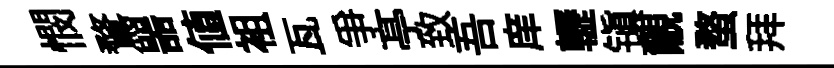
憫鶩噐值袓瓦爭𠅘致吾庠轣镇覼蝥拜